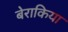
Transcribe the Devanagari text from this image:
बेराकिया